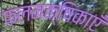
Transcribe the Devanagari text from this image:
फलमक्षिकाएँ